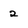
Character: 2